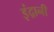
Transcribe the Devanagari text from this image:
इंद्रानी